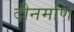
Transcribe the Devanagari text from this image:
दीनमणि